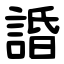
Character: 諙